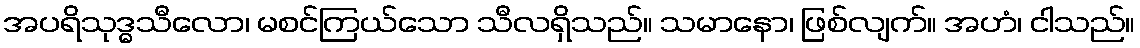
အပရိသုဒ္ဓသီလော၊ မစင်ကြယ်သော သီလရှိသည်။ သမာနော၊ ဖြစ်လျက်။ အဟံ၊ ငါသည်။